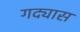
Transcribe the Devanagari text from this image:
गद्यास